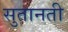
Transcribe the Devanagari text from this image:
सुतानती